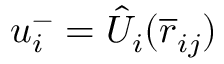
u _ { i } ^ { - } = \hat { U } _ { i } ( \overline { { \boldsymbol { r } } } _ { i j } )